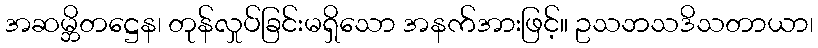
အဆမ္ဘိတဋ္ဌေန၊ တုန်လှုပ်ခြင်းမရှိသော အနက်အားဖြင့်။ ဥသဘသဒိသတာယာ၊